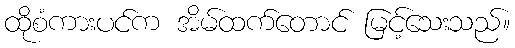
ထိုစံကားပင်က အိမ်ထက်တောင် မြင့်သေးသည်။